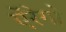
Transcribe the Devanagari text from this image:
ऐंरेगो